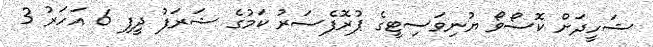
ޝަހީދަށް ކޮސޯވޯ ޔުނިވަސިޓީގެ ޕުރޮފެސަރު ކަމުގެ ޝަރަފު ދީފި 6 އަހަރު 3